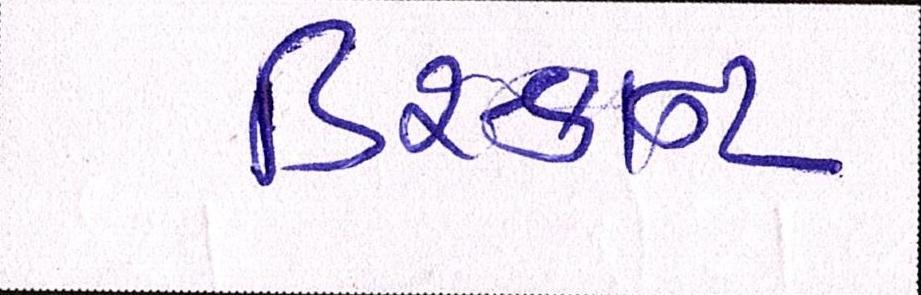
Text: ડિસ્કાન્ટ